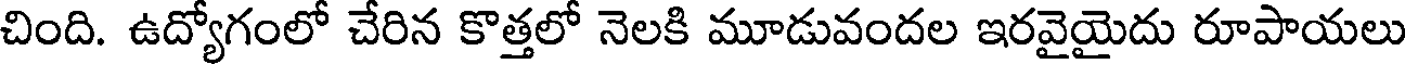
చింది. ఉద్యోగంలో చేరిన కొత్తలో నెలకి మూడువందల ఇరవైయైదు రూపాయలు